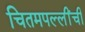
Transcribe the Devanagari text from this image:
चितमपल्लींची